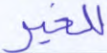
للخير